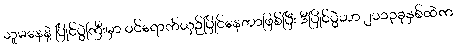
သူမနေနဲ့ ပြိုင်ပွဲကြီးမှာ ဝင်ရောက်ယှဉ်ပြိုင်နေတာဖြစ်ပြီး ဒီပြိုင်ပွဲဟာ ၂၀၁၃ခုနှစ်ထဲက